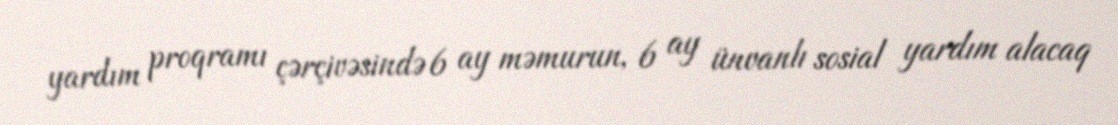
yardım proqramı çərçivəsində 6 ay məmurun, 6 ay ünvanlı sosial yardım alacaq